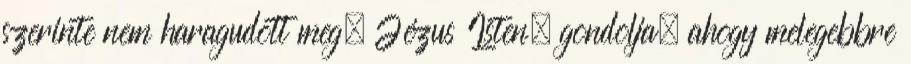
szerinte nem haragudott meg. Jézus Isten, gondolja, ahogy melegebbre